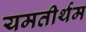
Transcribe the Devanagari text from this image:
यमतीर्थम